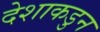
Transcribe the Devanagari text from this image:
देशाकडुन